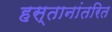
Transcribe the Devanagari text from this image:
हस्तानांतरित